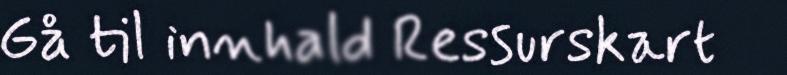
Gå til innhald Ressurskart